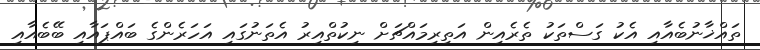
ތައްޚާނުބެއާއި އެކު ގަސްތަކު ތެރެއިން އަތިރިމައްޗަށް ނިކުތްއިރު އެތަނުގައި އަހަރެންގެ ބައްޕައާއި ބޭބެއާއި